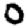
Digit: 0